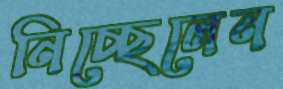
নিচ্ছেলেন